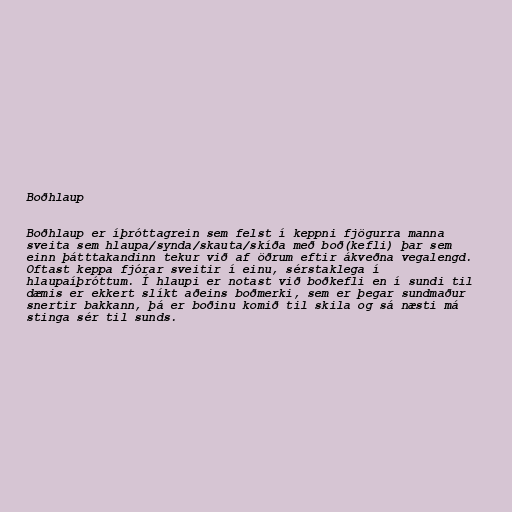
Boðhlaup

Boðhlaup er íþróttagrein sem felst í keppni fjögurra manna
sveita sem hlaupa/synda/skauta/skíða með boð(kefli) þar sem
einn þátttakandinn tekur við af öðrum eftir ákveðna vegalengd.
Oftast keppa fjórar sveitir í einu, sérstaklega í
hlaupaíþróttum. Í hlaupi er notast við boðkefli en í sundi til
dæmis er ekkert slíkt aðeins boðmerki, sem er þegar sundmaður
snertir bakkann, þá er boðinu komið til skila og sá næsti má
stinga sér til sunds.